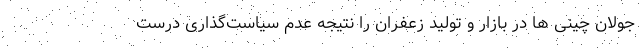
جولان چینی ها در بازار و تولید زعفران را نتیجه عدم سیاست‌گذاری درست